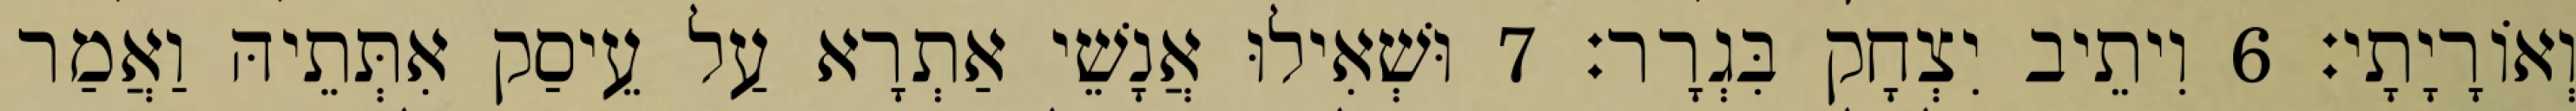
וְאוֹרָיָתָי׃ 6 וִיתֵיב יִצְחָק בִּגְרָר׃ 7 וּשְׁאִילוּ אֲנָשֵׁי אַתְרָא עַל עֵיסַק אִתְּתֵיהּ וַאֲמַר